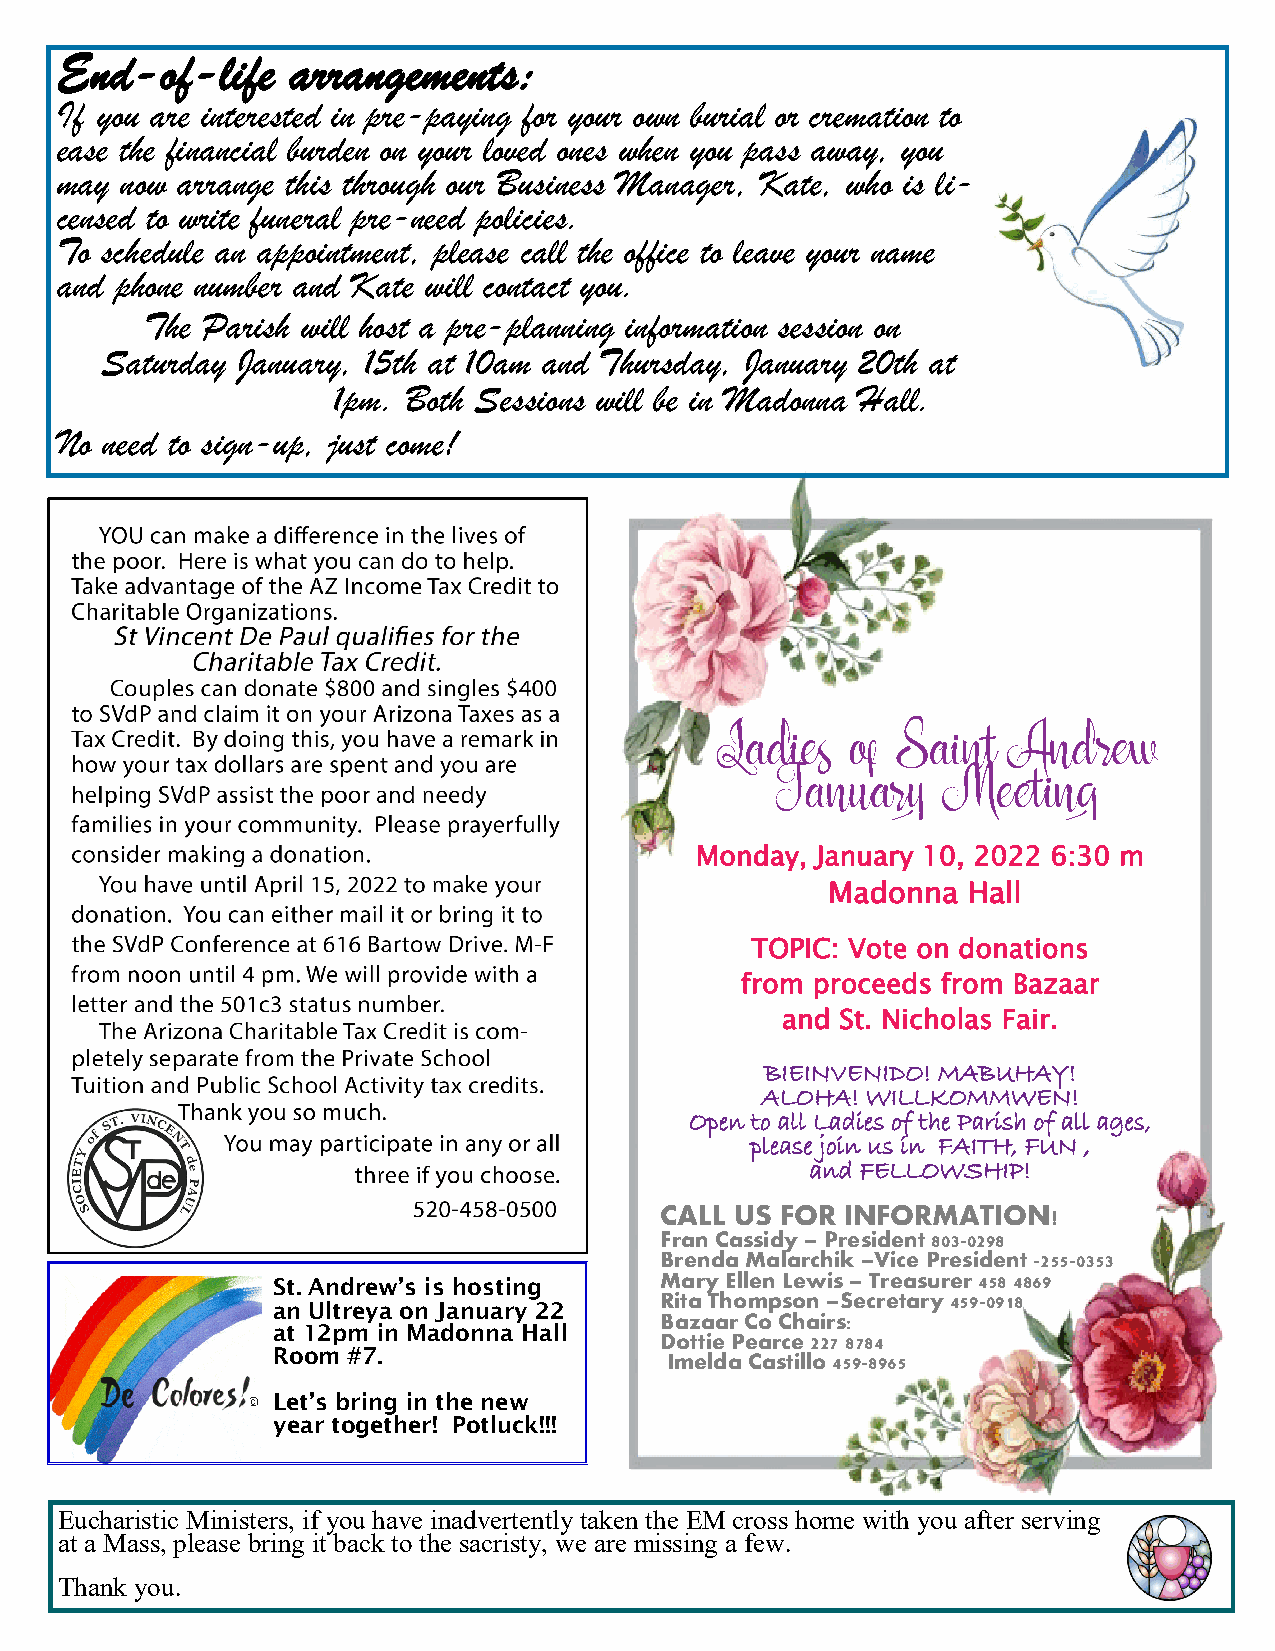
End-of-life    arrangements:
 If you are interested in pre-paying for your own burial or cremation to
 ease the financial burden on your loved ones when you pass away, you
 may now arrange this through our Business Manager, Kate, who is li-
 censed to write funeral pre-need policies.
 To schedule an appointment, please call the office to leave your name
 and phone number and Kate will contact you.
 The Parish will host a pre-planning information session on
 Saturday January, 15th at 10am and Thursday, January 20th at
 1pm. Both Sessions will be in Madonna Hall.
 No need to sign-up, just come!
 Monday, January 10, 2022 6:30 m
 Madonna  Hall
 TOPIC: Vote on donations
 from proceeds from Bazaar
 and St. Nicholas Fair.
 BIEINVENIDO! MABUHAY!
 ALOHA! WILLKOMMWEN!
 Open to all Ladies of the Parish of all ages,
 please join us in FAITH, FUN ,
 and FELLOWSHIP!
 CALL US FOR INFORMATION!
 Fran Cassidy – President 803-0298
 Brenda Malarchik –Vice President -255-0353
 St. A ndrew’s is hosting
 Mary Ellen Lewis – Treasurer 458 4869
 Rita Thompson –Secretary 459-0918
 an Ultreya on January 22
 Bazaar Co Chairs:
 at 12pm in Madonna Hall
 Dottie Pearce 227 8784
 Room #7.
 Imelda Castillo 459-8965
 Let’s bring in the new
 year together! Potluck!!!
 Eucharistic Ministers, if you have inadvertently taken the EM cross home with you after serving
 at a Mass, please bring it back to the sacristy, we are missing a few.
 Thank you.